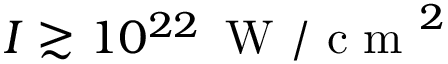
I \gtrsim 1 0 ^ { 2 2 } \, \mathrm { ~ W ~ / ~ c ~ m ~ } ^ { 2 }